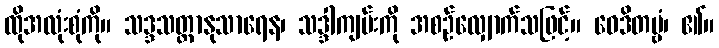
ထိုအလုံးစုံကို။ သဒ္ဒသတ္ထာနုသာရေန၊ သဒ္ဒါကျမ်းကို အစဉ်လျှောက်သဖြင့်။ ဝေဒိတဗ္ဗံ၊ ၏။